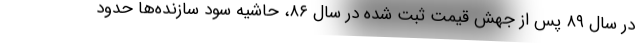
در سال ۸۹ پس از جهش قیمت ثبت شده در سال ۸۶، حاشیه سود سازنده‌ها حدود